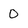
Character: 0